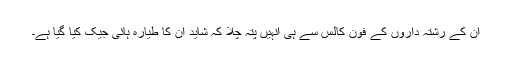
ان کے رشتہ داروں کے فون کالس سے ہی انہیں پتہ چلا کہ شاید ان کا طیارہ ہائی جیک کیا گیا ہے۔